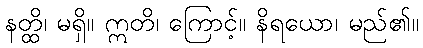
နတ္ထိ၊ မရှိ။ ဣတိ၊ ကြောင့်။ နိရယော၊ မည်၏။